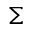
\boldsymbol { \Sigma }